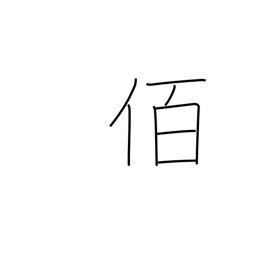
Meaning: leader of 100 men